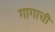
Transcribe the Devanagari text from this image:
गागाची